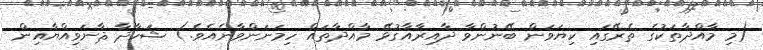
(މި މާއްދާތަކުގެ ތެރޭގައި ކިޔަވަން ބޭނުންވާ ދާއިރާއާގުޅޭ މާއްދާތައް ހިމަނަންވާނެއެވެ.) ޝަހާދާ ޘާނަވިއްޔާއިން